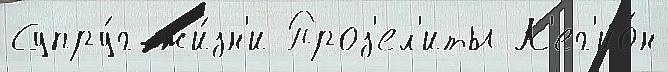
Супру́г жи́зн'и Проз'ел'иты Л'ег'ио́н